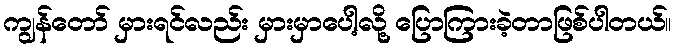
ကျွန်တော် မှားရင်လည်း မှားမှာပေါ့လို့ ပြောကြားခဲ့တာဖြစ်ပါတယ်။